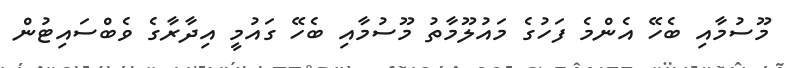
މޫސުމާއި ބެހޭ އެންމެ ފަހުގެ މައުލޫމާތު މޫސުމާއި ބެހޭ ގައުމީ އިދާރާގެ ވެބްސައިޓުން